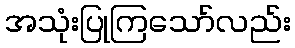
အသုံးပြုကြသော်လည်း